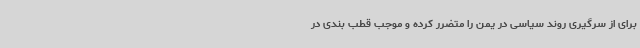
برای از سرگیری روند سیاسی در یمن را متضرر کرده و موجب قطب بندی در